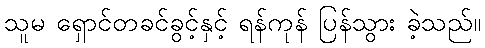
သူမ ရှောင်တခင်ခွင့်နှင့် ရန်ကုန် ပြန်သွား ခဲ့သည်။